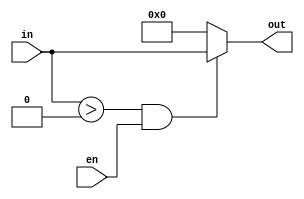
// reluMux.v
// Cameron Shinn

// Inputs:
//
// in -- input signed value of size DATA_WIDTH

// Outputs:
//
// out -- ouptut ReLU value of size DATA_WIDTH

module reluMux(en, in, out);

    parameter DATA_WIDTH = 16;

    input en;
    input signed [DATA_WIDTH-1:0] in;
    output wire signed [DATA_WIDTH-1:0] out;

    assign out = ((in > 0) && en) ? in : 0;

endmodule  // reluMux(in, out)